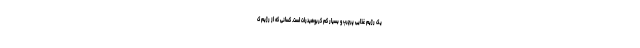
یک رژیم غذایی پرچرب و بسیار کم کربوهیدرات است. کسانی که از رژیم ک